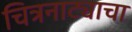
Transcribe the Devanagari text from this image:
चित्रनाट्याचा